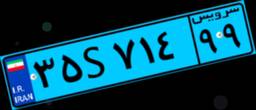
۶۶S۳۲۵۵۴